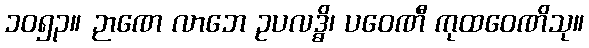
၁၀၅၃။ ဉာဏေ လာဘေ ဥပလဒ္ဓိ၊ ပဝေဏီ ကုထဝေဏိသု။